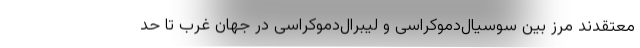
معتقدند مرز بین سوسیال‌دموکراسی و لیبرال‌دموکراسی در جهان غرب تا حد